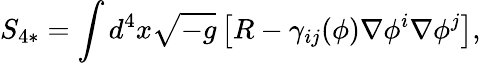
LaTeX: S_{4*}=\int d^{4}x\sqrt{-g}\left[R-\gamma_{ij}(\phi)\nabla\phi^{i}\nabla\phi^{j}\right],